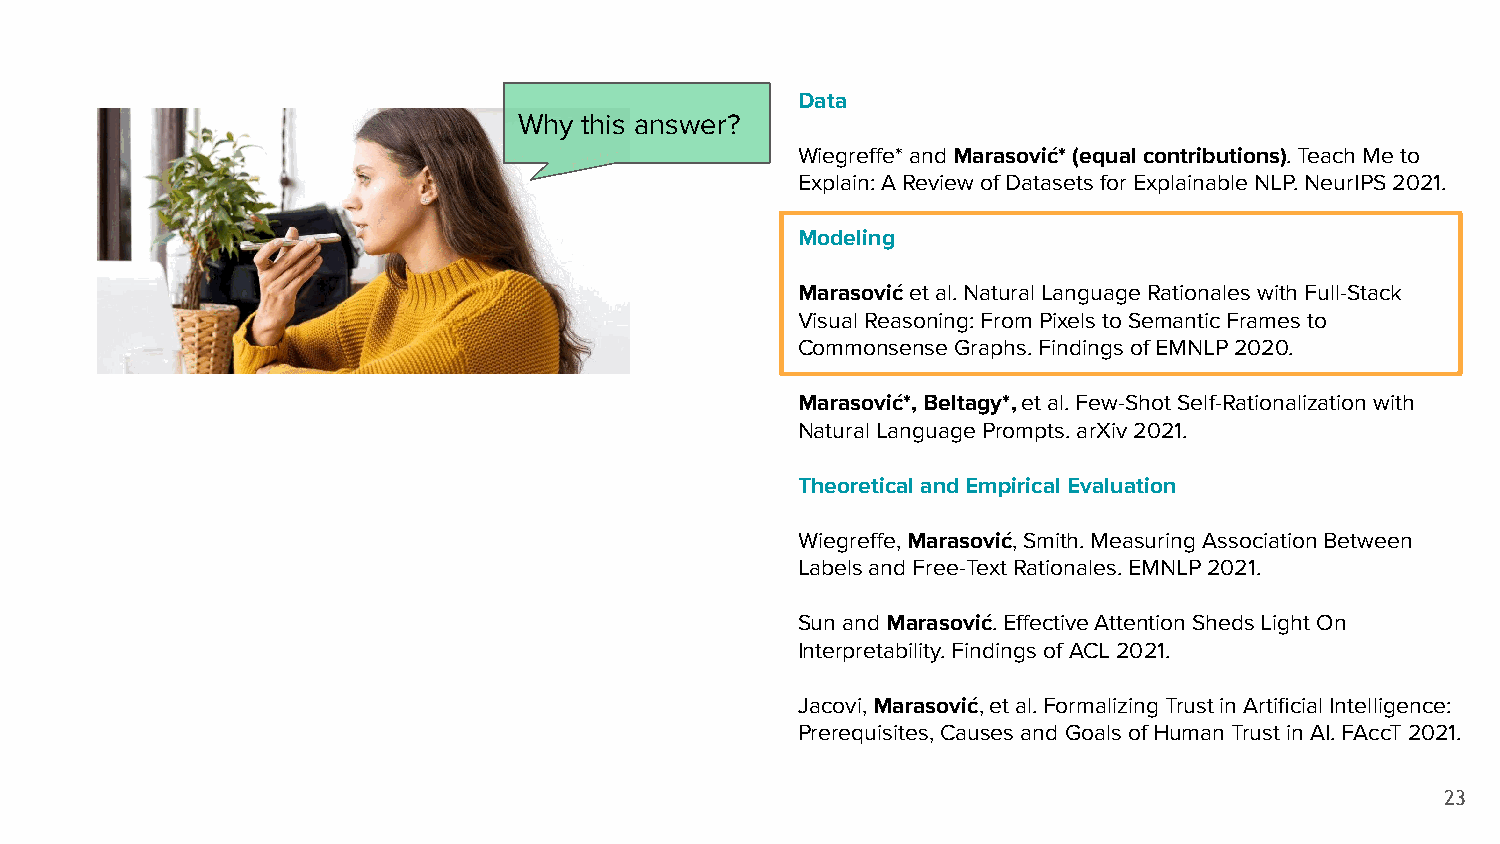
Data
 Why  this answer?
 Wiegreffe* and Marasović* (equal contributions). Teach Me to
 Explain: A Review of Datasets for Explainable NLP. NeurIPS 2021.
 Modeling
 Marasović et al. Natural Language Rationales with Full-Stack
 Visual Reasoning: From Pixels to Semantic Frames to
 Commonsense Graphs. Findings of EMNLP 2020.
 Marasović*, Beltagy*, et al. Few-Shot Self-Rationalization with
 Natural Language Prompts. arXiv 2021.
 Theoretical and Empirical Evaluation
 Wiegreffe, Marasović, Smith. Measuring Association Between
 Labels and Free-Text Rationales. EMNLP 2021.
 Sun and Marasović. Effective Attention Sheds Light On
 Interpretability. Findings of ACL 2021.
 Jacovi, Marasović, et al. Formalizing Trust in Artificial Intelligence:
 Prerequisites, Causes and Goals of Human Trust in AI. FAccT 2021.
 23